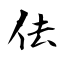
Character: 佉